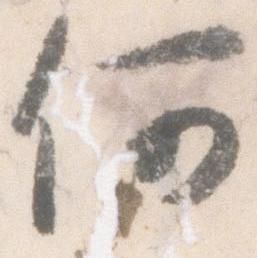
何